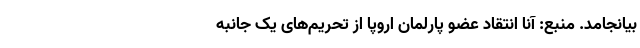
بیانجامد. منبع: آنا انتقاد عضو پارلمان اروپا از تحریم‌های یک جانبه